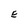
Character: E